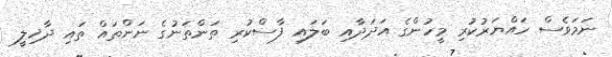
ނަމަވެސް ހައްޔަރުކުރި މީހުންގެ އަދަދާއި ބަލައި ފާސްކުރި ތަންތަނުގެ ނަންތައް ތައި ދާޚިލީ